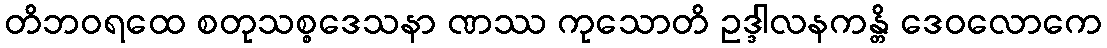
တိဘဝရထေ စတုသစ္စဒေသနာ ဏဿ ကုသောတိ ဥဒ္ဒါလနကန္တိ ဒေဝလောကေ